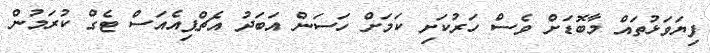
ފިޔަވަޅުތައް މާބޮޑަށް ވެސް ހަރުކަށި ކަމަށް ހަސަން އަބަދު އެޗްޕިއެއަސް ޓެގް ކުރަމުން